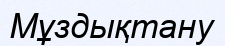
Мұздықтану